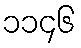
၁၁၄၆